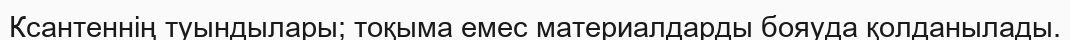
Ксантеннің туындылары; тоқыма емес материалдарды бояуда қолданылады.